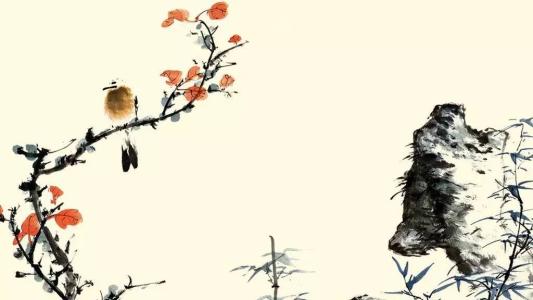
人闲桂花落，夜静春山空。